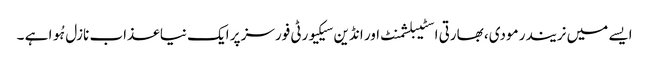
ایسے میں نریندر مودی، بھارتی اسٹیبلشمنٹ اور انڈین سیکیورٹی فورسز پر ایک نیا عذاب نازل ہُوا ہے ۔